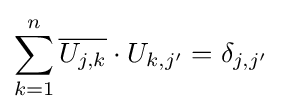
\sum _{k=1}^{n}{\overline {U_{j,k}}}\cdot U_{k,j'}=\delta _{j,j'}